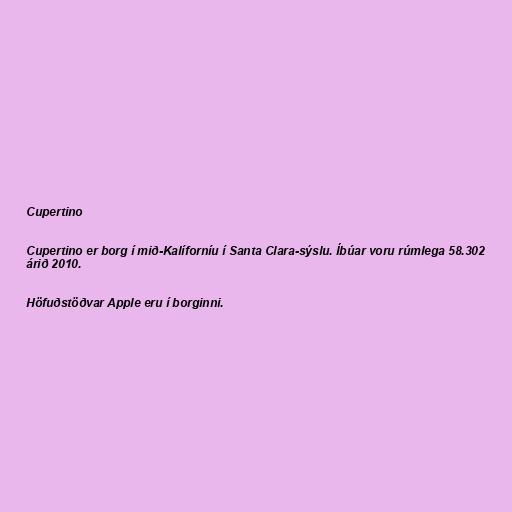
Cupertino

Cupertino er borg í mið-Kalíforníu í Santa Clara-sýslu. Íbúar voru rúmlega 58.302
árið 2010.

Höfuðstöðvar Apple eru í borginni.